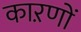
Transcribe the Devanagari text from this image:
काऱणों